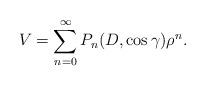
LaTeX: \begin{align*} V = \sum_{n = 0}^{\infty} P_n (D, \cos \gamma) \rho^n .\end{align*}